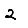
Digit: 2